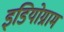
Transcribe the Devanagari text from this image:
इडियोग्राम